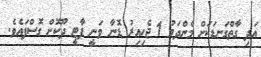
އަދި ގާތްގަނޑަކަށް މެންދަމު 1 ޖެހިއިރު ޑޮނާ ވަނީ ޕާޓީ ދޫކޮށް ގޮސްފައެވެ.